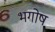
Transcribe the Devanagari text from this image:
भगोष